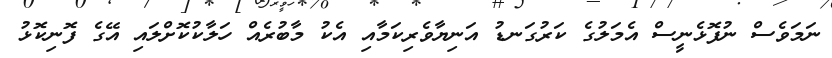
ނަމަވެސް ނުފޮޅެނީސް އެމަލުގެ ކަރުގަނޑު އަނިޔާވެރިކަމާއި އެކު މާބުރެއް ހަލާކުކޮށްލައި އޭގެ ފޮނިކޮޅު